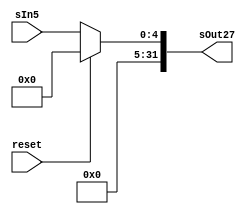
module SignExtend27(sOut27, sIn5, reset);
    output [31:0] sOut27;
    input [4:0] sIn5;
    input reset;
    reg [31:0] sOut27;
    always @*
        begin
            if(reset == 1)
                sOut27 = 0;
            else
                 sOut27 = {{27{1'b0}},sIn5};
        end
endmodule